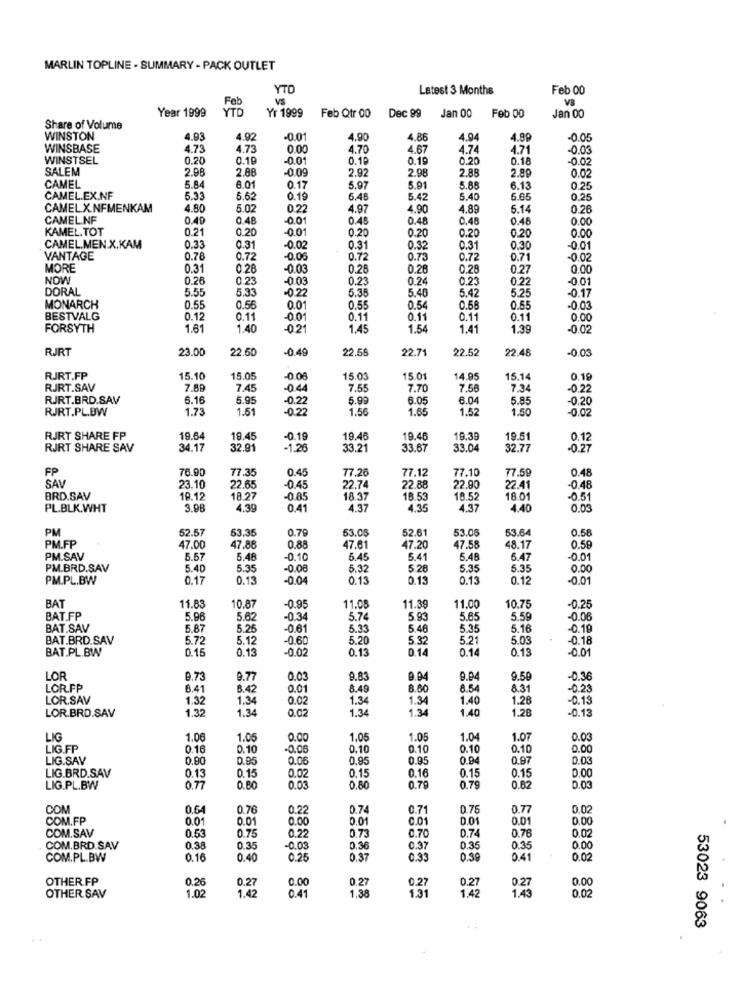
MARLIN TOPLINE - SUMMARY - PACK OUTLET
YTO
Latest 3 Months
Feb 00
Feb
VS
VB
Year 1999
YTD
Yr 1999
Dec 99
Feb Qtr 00
Jan 00
Feb 00
Jan 00
Share of Volume
WINSTON
4.93
4.92
-0.01
4.90
4.86
4.94
4.89
-0.05
WINSBASE
4.73
4.73
0.00
4.70
4.67
4.74
4.71
-0.03
WINSTSEL
0.20
0.19
-0.01
0.19
0.19
0.20
0.18
-0.02
SALEM
2.98
2.88
-0 09
2.92
2.98
2.88
2.80
0.02
CAMEL
5.84
8.01
0.17
5.97
5.91
5.88
6.13
0.25
CAMEL.EX.NF
5.33
5.62
0.19
6.48
5.42
5.40
6.65
0.25
CAMEL.X.NFMENKAM
4.80
5.02
0.22
4.97
4.90
4.89
5.14
0.26
CAMEL.NF
0.40
0.48
-0.01
0.45
0.48
0.48
0.45
0.00
KAMEL.TOT
0.21
0.20
-0.01
0.20
0.20
0.20
0.00
0.20
CAMEL.MEN.X.KAM
0.33
0.31
-0.02
0.31
0.32
0.31
0.30
-0.01
VANTAGE
0.78
0.72
-0.05
0.72
0.73
0.72
0.71
-0.02
MORE
0.31
0.28
-0.03
0.28
0.28
0.28
0.27
0.00
NOW
0.26
0.23
-0.03
0.23
0.24
0.23
0.22
-0 01
DORAL
5.55
5.33
-0.22
5.38
5.46
5.42
5.25
-0.17
MONARCH
0.55
0.56
0.01
0.55
0.54
0.58
0.55
-0.03
BESTVALG
0.12
0.11
-00
0.11
0.11
0.11
0.11
0.00
FORSYTH
1.61
1.40
-0.21
1.45
1.54
1.41
1.39
-0.02
RJRT
23.00
22.60
-0.49
22.56
22.71
22.52
22.48
-0.03
RJRT.FP
15.10
15.05
.00
15.0
15.01
14.95
15.14
0.19
RJRT.SAV
7.89
7.4
-04
7.55
7.70
7.56
7.34
-0.22
RJRT.BRD.SAV
6.16
5.95
-0.22
5.98
6.05
6.04
5.85
-0.20
RJRT.PL.BW
1.73
1.51
-0.22
1.56
1.65
1.52
1.50
-0.02
RJRT SHARE FP
19.6
19.45
-0.19
19.46
19.46
19.39
19.51
0.12
RJRT SHARE SAV
34.17
32.91
-1.26
33.21
33.67
33.04
32.77
-0.27
FP
70.90
0.45
77.59
0.48
SAV
77.35
77.26
77.12
77.10
23.10
22.65
-0.45
22.74
22.88
22.90
22.41
-0.48
BRD.SAV
18.27
-0.85
18.37
18.53
18.52
18.01
0.51
PL.BLK.WHT
3.98
4.39
0.41
4.37
4.35
4.37
4.40
0.03
PM
52.57
0.79
53.05
53.0
53.64
0.58
63.35
52.61
PM.FP
47.00
47.88
0.88
47.61
47.20
47.58
48.17
0.59
PM.SAV
5.57
5.48
-0.10
6.45
5.41
5.48
5.47
0.01
PM.BRD.SAV
5.40
5.35
-0.08
5.32
5.28
5.35
5.35
0.00
PM.PL.BW
0.17
0.13
-0.04
0.13
0.13
0.13
0.12
-0.01
BAT
11.83
10.87
-0.95
11.08
11.39
11.00
10.75
-0.25
BAT.FP
5.96
5.62
-0.34
5.74
5.93
5.65
5.59
-0.06
BAT.SAV
5.87
5.25
-0.61
5.33
5 46
5.35
5.16
-0.19
BAT.BRD.SAV
5.72
5.12
-0.60
5.20
5.32
5.21
5.03
-0.18
BAT.PL.BW
0.15
0.13
-0.02
0.13
0.14
0.14
0.13
-0.01
LOR
9.73
9.77
0.03
9.83
9.94
9.94
9.50
-0.36
LOR.FP
6.41
8.42
0.01
8.49
8.60
8.54
8.31
-0.23
LOR.SAV
1.32
1.34
0.02
1.34
1.34
1.40
1.28
-0.13
1.32
1.34
0.02
1.34
1.34
1.40
1.28
-0.13
LOR.BRD.SAV
LIG
1.06
1.05
0.00
1,05
1.05
1.04
1.07
0.03
LIG.FP
0.16
0.10
-0.06
0.10
0.10
0.10
0.10
0.00
LIG.SAV
0.80
0.95
0.06
0.95
0.95
0.94
0.97
0.03
0.1.
0.15
0.15
0,00
LIG.BRD.SAV
0.13
0.15
0.02
0.16
LIG.PL.BW
0.77
0.80
0.03
0.80
0.79
0.79
0.03
COM
0.64
0.76
0.22
0.74
0.71
0.78
0.77
0,02
COM.FP
0.01
0.01
0.00
0.01
0.01
0.01
0.01
0.00
COM.SAV
0.53
0.75
0.22
0.73
0.74
0.76
0.02
0.70
COM.BRD.SAV
0.38
0.35
-0.03
0.36
0.37
0.35
0.35
0.00
COM.PL.BW
0.16
0.40
0.25
0.37
0.33
0.39
0.41
0.02
OTHER.FP
0.26
0.27
0.27
0.00
1.02
0.27
1.42
0.00
1.38
1.42
1.43
0.27
0.02
OTHER SAV
0.41
53023 9063